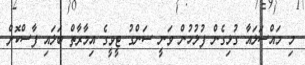
މި މައްސަލައާ ގުޅިގެން ފުލުހުން ވަނީ ސަންގު ޓީވީގެ އިމާރާތް ބަލައި ފާސްކޮށް